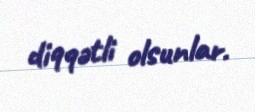
diqqətli olsunlar.